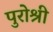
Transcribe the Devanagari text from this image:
पुरोश्री